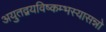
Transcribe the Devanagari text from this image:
अयुतद्वयविष्कम्भस्यासन्नो